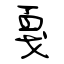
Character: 戛